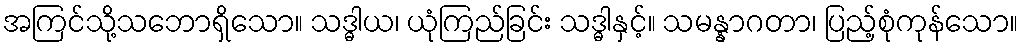
အကြင်သို့သဘောရှိသော။ သဒ္ဓါယ၊ ယုံကြည်ခြင်း သဒ္ဓါနှင့်။ သမန္နာဂတာ၊ ပြည့်စုံကုန်သော။